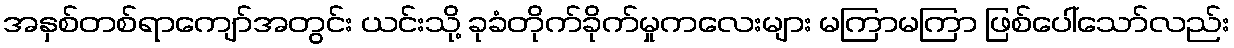
အနှစ်တစ်ရာကျော်အတွင်း ယင်းသို့ ခုခံတိုက်ခိုက်မှုကလေးများ မကြာမကြာ ဖြစ်ပေါ်သော်လည်း